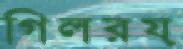
গিলরয়